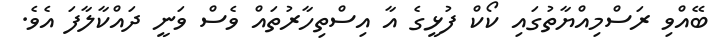
ބޭއްވި ރަސްމިއްޔާތުގައި ކޯކް ފުޅީގެ އާ އިސްތިހާރުތައް ވެސް ވަނީ ދައްކާލާފަ އެވެ.